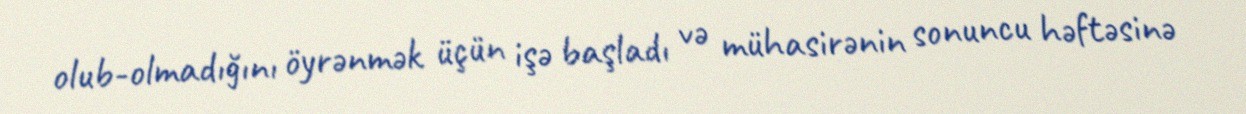
olub-olmadığını öyrənmək üçün işə başladı və mühasirənin sonuncu həftəsinə